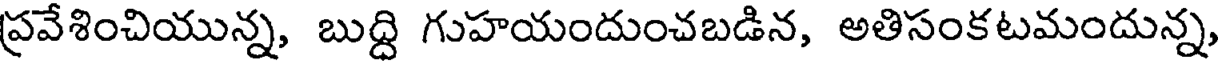
ప్రవేశించియున్న, బుద్ది గుహయందుంచబడిన, అతిసంకటమందున్న,